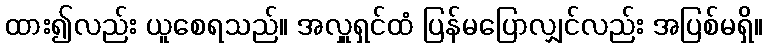
ထား၍လည်း ယူစေရသည်။ အလှူရှင်ထံ ပြန်မပြောလျှင်လည်း အပြစ်မရှိ။